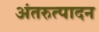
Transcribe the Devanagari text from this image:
अंतरुत्पादन